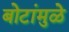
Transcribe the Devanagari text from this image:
बोटांमुळे